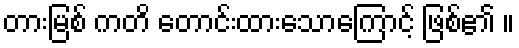
တားမြစ် ကတိ တောင်းထားသောကြောင့် ဖြစ်၏ ။